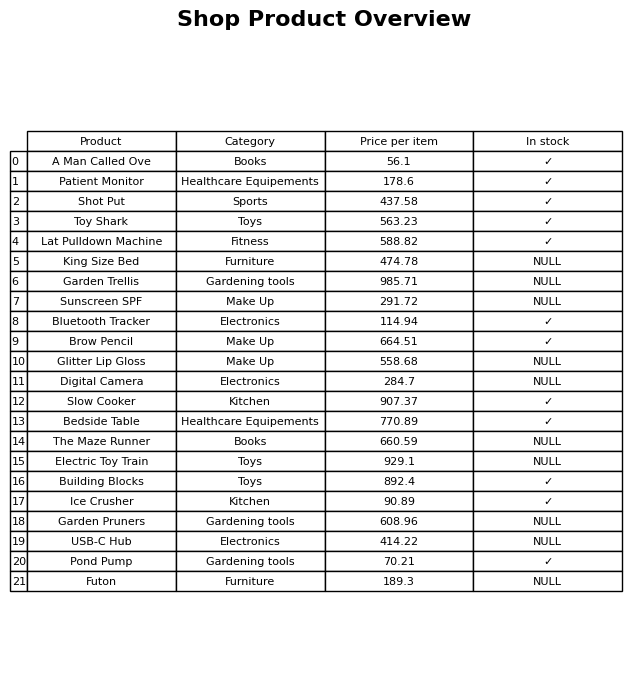
question: What is the price of the Sunscreen SPF?
answer: The price of Sunscreen SPF is 291.72.